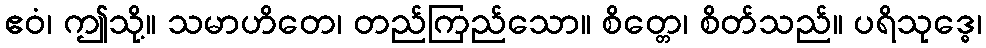
ဧဝံ၊ ဤသို့။ သမာဟိတေ၊ တည်ကြည်သော။ စိတ္တေ၊ စိတ်သည်။ ပရိသုဒ္ဓေ၊